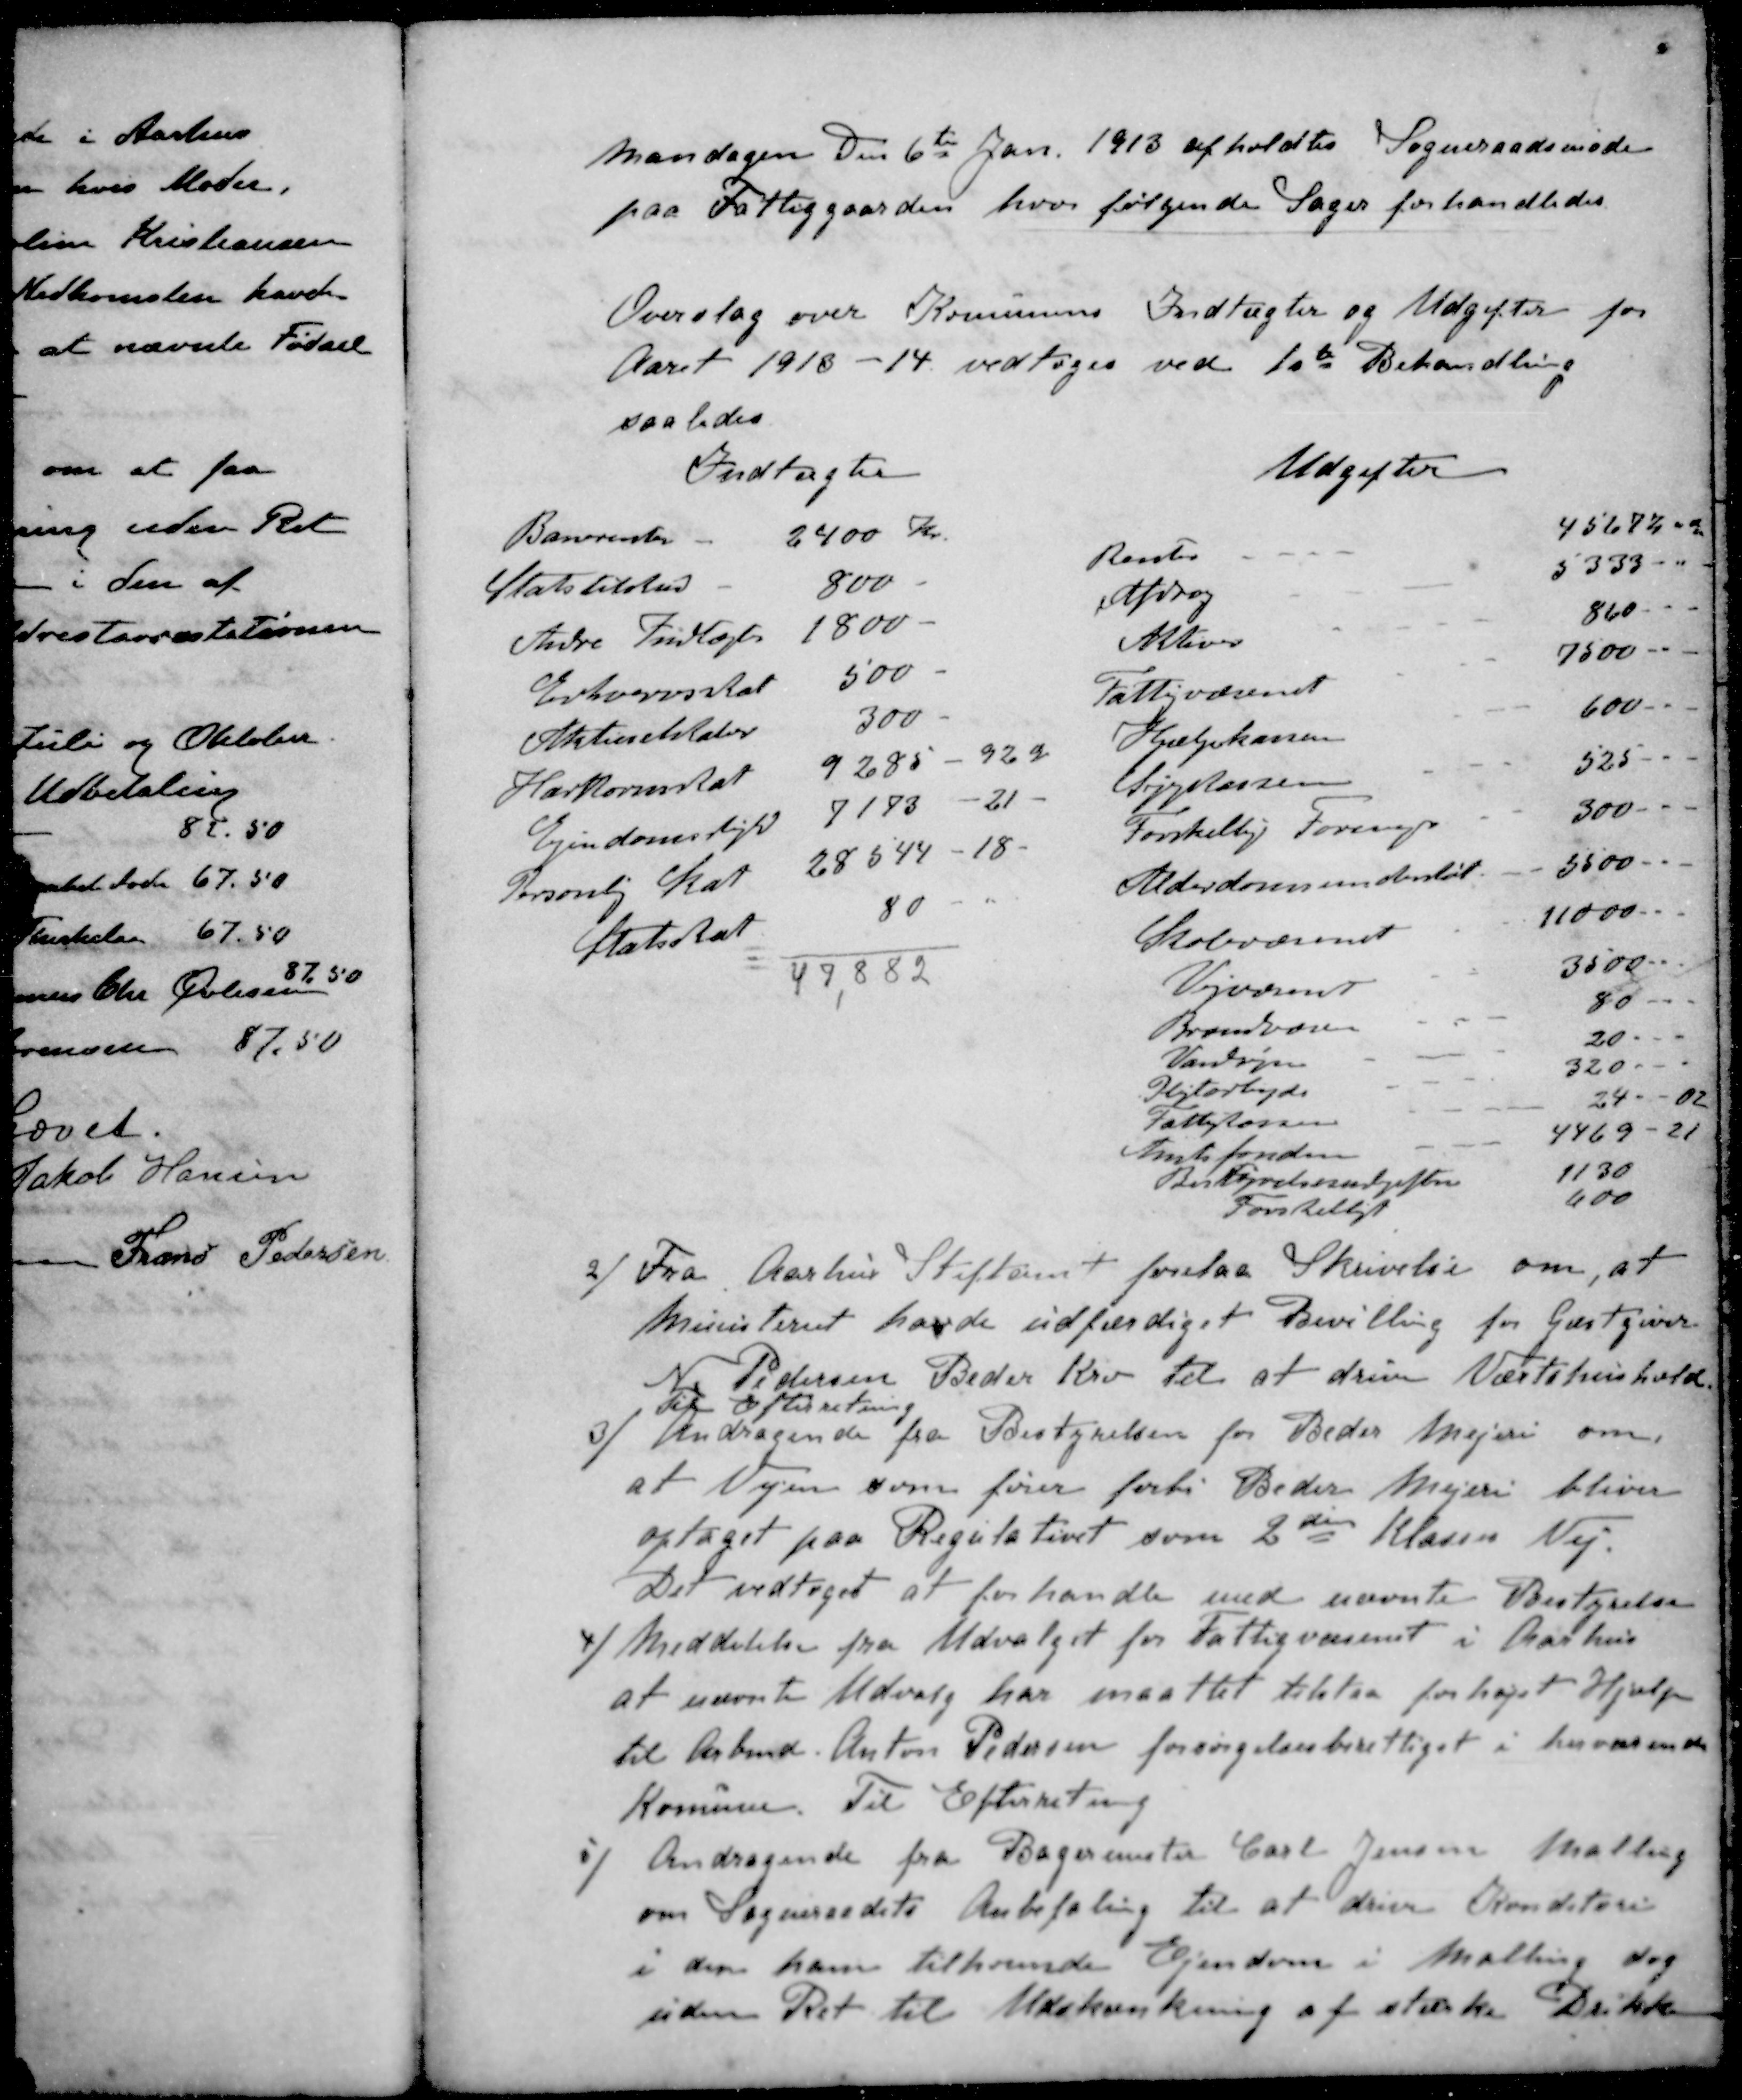
Transskription:
Mandagen den 6te Jan. 1913 afholdtes Sogneraadsmøde
paa Fattiggaarden, hvor følgende Sager forhandledes.
Overslag over Komunens Indtægter og Udgifter for
Aaret 1913 -14 vedtoges ved 1ste Behandling
saaledes

2) Fra Aarhus Stiftamt forelaa Skrivelse om, at
Ministeriet havde udfærdiget Bevilling for Gæstgiver
N. Pedersen Beder Kro til at drive Værtshushold
Til Efterretning
3) Andragende fra Bestyrelsen for Beder Mejeri om
at Vejen som fører forbi Beder Mejeri bliver
optaget paa Regulativet som 2den Klases Vej.
Det vedtoges at forhandle med nævnte Bestyrelse
4) Meddelelse fra Udvalget for Fattigvæsenet i Aarhus
at nævnte Udvalg har maattet tilstaa forhøjet Hjælp
til Arbmd. Anton Pedersen forsørgelsesberettiget i herværende
Komune. Til Efterretning
5 ) Andragende fra Bagermester Carl Jensen Malling
om Sogneraadets Anbefaling til at diver Konditori
i den ham tilhørende Ejendom i Malling dog
uden Ret til Udskænkning af stærke Drikke